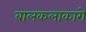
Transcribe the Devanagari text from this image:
बालकलाकारो